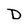
Character: D